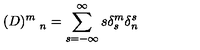
( D ) _ { \quad n } ^ { m } = \sum _ { s = - \infty } ^ { \infty } s \delta _ { s } ^ { m } \delta _ { n } ^ { s }